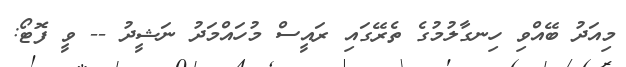
މިއަދު ބޭއްވި ހިނގާލުމުގެ ތެރޭގައި ރައީސް މުހައްމަދު ނަޝީދު -- ވީ ފޮޓޯ: